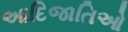
આદિજાતિઓ